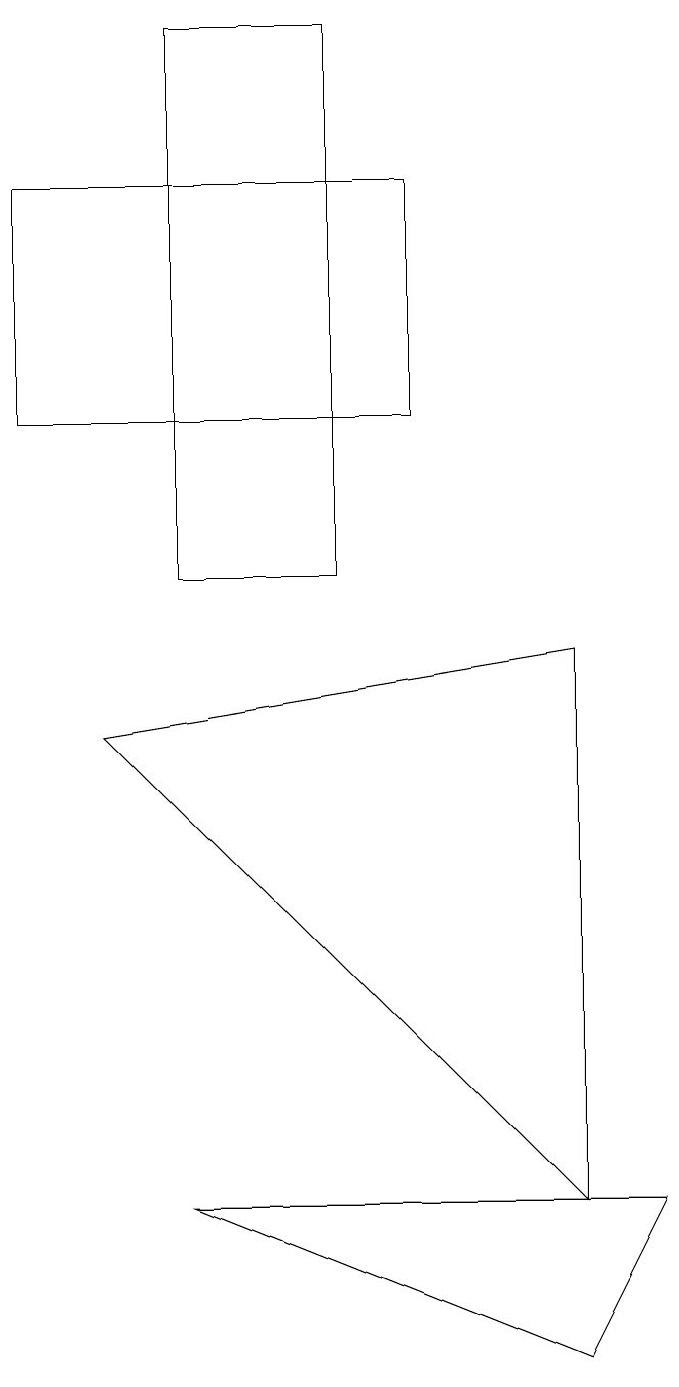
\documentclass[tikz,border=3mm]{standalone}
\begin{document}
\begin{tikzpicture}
\draw (3,17) rectangle (5,10);
\draw (8,9) -- (2,8) -- (8,2) -- cycle;
\draw (9,2) -- (8,0) -- (3,2) -- cycle;
\draw (1,15) rectangle (6,12);
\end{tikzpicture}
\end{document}